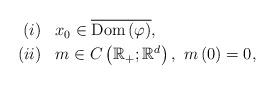
LaTeX: \begin{align*}\begin{array}{rl}\left( i\right) & x_{0}\in\overline{\mathrm{Dom}\left( \varphi\right) },\smallskip \\\left( ii\right) & m\in C\left( \mathbb{R}_{+};\mathbb{R}^{d}\right),~m\left( 0\right) =0,\end{array}\end{align*}